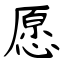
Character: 愿